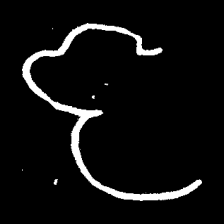
Pyu character \u2014 Myanmar letter: ဇ (romanized: ja)